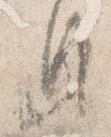
身